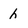
Character: h